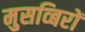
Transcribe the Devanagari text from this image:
मुसव्बिरों